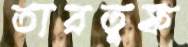
তারতুফ